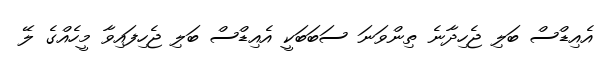
އެއިޑްސް ބަލި ޖެހިދާނެ ތިންވަނަ ސަބަބަކީ އެއިޑްސް ބަލި ޖެހިފައިވާ މީހެއްގެ ލޭ